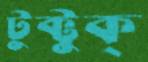
টুক্‌টুক্‌